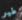
طير